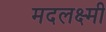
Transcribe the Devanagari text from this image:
मदलक्ष्मी